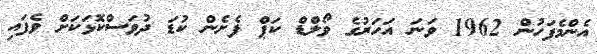
އެންމެފަހުން 1962 ވަނަ އަހަރުގެ ވޯލްޑް ކަޕް ފެށެން ކުޑަ ދުވަސްކޮޅަކަށް ވެފައި